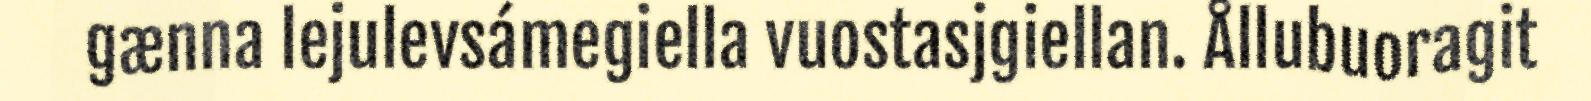
gænna lejulevsámegiella vuostasjgiellan. Ållubuoragit